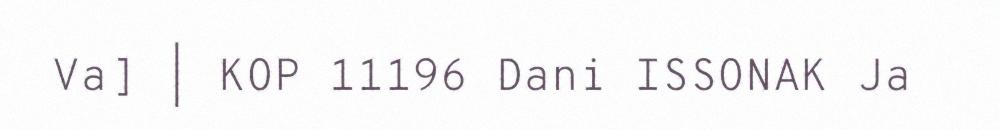
Va] | KOP 11196 Dani ISSONAK Ja